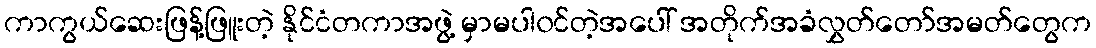
ကာကွယ်ဆေးဖြန့်ဖြူးတဲ့ နိုင်ငံတကာအဖွဲ့ မှာမပါ၀င်တဲ့အပေါ် အတိုက်အခံလွှတ်တော်အမတ်တွေက